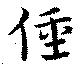
僮